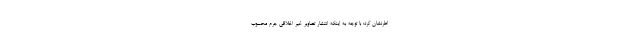
اطرنشان کرد: با توجه به اینکه انتشار تصاویر غیر اخلاقی جرم محسوب